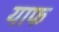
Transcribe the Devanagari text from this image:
याफ